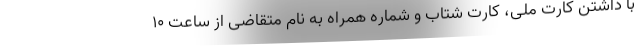
با داشتن کارت ملی، کارت شتاب و شماره همراه به نام متقاضی از ساعت ۱۰